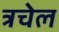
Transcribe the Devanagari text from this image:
त्रचेल